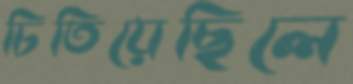
চিতিয়েছিলে